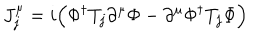
J _ { j } ^ { \mu } = i \Big ( \Phi ^ { \dagger } T _ { j } \partial ^ { \mu } \Phi - \partial ^ { \mu } \Phi ^ { \dagger } T _ { j } \Phi \Big )